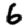
Digit: 6